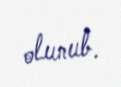
olunub.